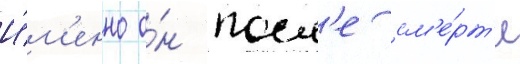
И́м'енно о́н посл'е см'е́рт'и